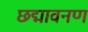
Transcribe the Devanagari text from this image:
छद्मावनण